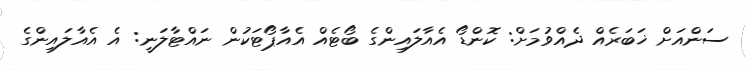
ސަންއަށް ޚަބަރެއް ދެއްވުމަށް: ކޮންޑޯ އެއާލައިންގެ ބޯޓެއް އެއާޕޯޓަކުން ނައްޓާލަނީ: އެ އެއާލައިންގެ